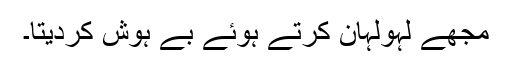
مجھے لہولہان کرتے ہوئے بے ہوش کردیتا۔